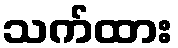
သက်ထား